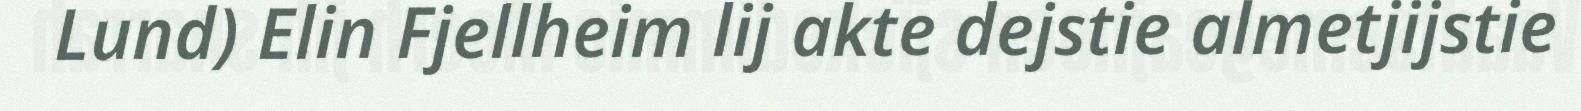
Lund) Elin Fjellheim lij akte dejstie almetjijstie